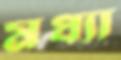
মধ্যা